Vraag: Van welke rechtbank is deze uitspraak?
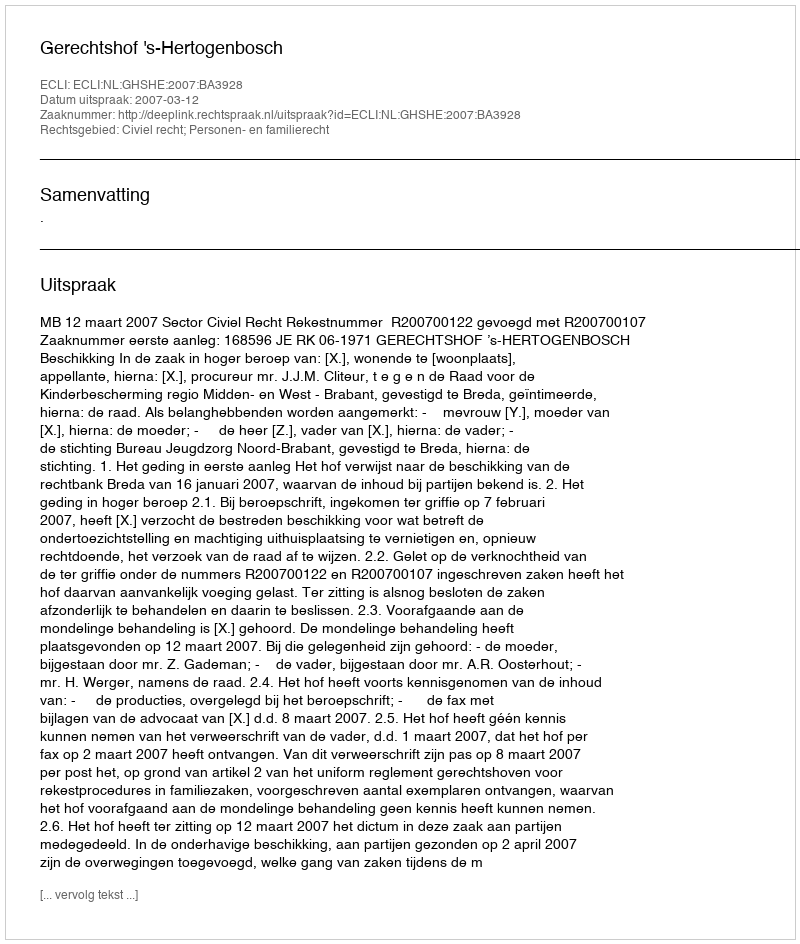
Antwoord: Gerechtshof 's-Hertogenbosch